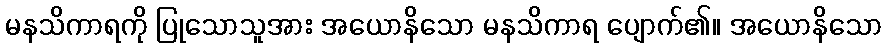
မနသိကာရကို ပြုသောသူအား အယောနိသော မနသိကာရ ပျောက်၏။ အယောနိသော